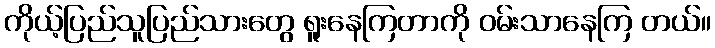
ကိုယ့်ပြည်သူပြည်သားတွေ ရူးနေကြတာကို ဝမ်းသာနေကြ တယ်။